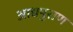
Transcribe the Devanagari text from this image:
आद्यपुराण